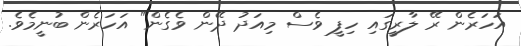
އަހަރެން ރޭ ލާރީގައި ހިފީ ވެސް މިއަދު ދޭން ވެގެން" އަހަރެން ބުނީމެވެ.